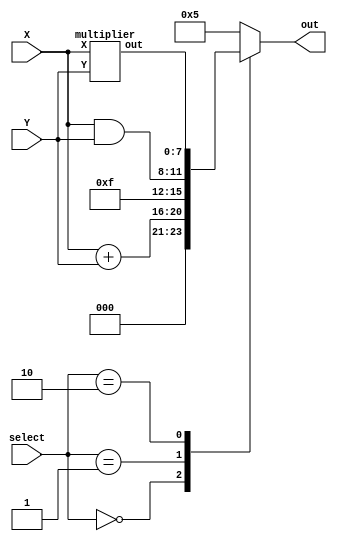
// 110011138 

`define WIDTH 4
module exam_1_A (
    input  wire [2:0]select,
    input  wire [`WIDTH-1:0] X,
    input  wire [`WIDTH-1:0] Y,
    output reg  [`WIDTH*2-1:0] out
);  
    //Do not modify IO and define
    //But you can modify "output reg  [`WIDTH*2-1:0] out" to "output wire  [`WIDTH*2-1:0] out" if needed.
    //Your code here

    wire [`WIDTH*2-1:0] mul;
    multiplier m1 (.X(X), .Y(Y), .out(mul));

    always @(*) begin
        case (select)
            0: out = X + Y;
            1: out = {{4{1'b1}}, X&Y};
            2: out = mul;
            default: out = 5;
        endcase
    end
   
endmodule
    
module multiplier(
    input wire [3:0] X,
    input wire [3:0] Y,
    output wire [7:0] out
);

    reg [7:0] result;
    reg [2:0] i; 

    assign out = result;

    always @(*) begin
        result = 0;
        for (i = 0; i < 4; i = i + 1) begin
            if (Y[i] != 0) result = result + (X << i);
        end
    end

endmodule